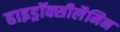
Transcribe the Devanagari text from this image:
हाइड्रॉक्सीलैमिन